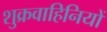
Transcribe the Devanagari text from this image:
शुक्रवाहिनियों